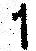
1